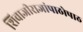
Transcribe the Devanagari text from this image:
शिवाजीराजांपाठोपाठ